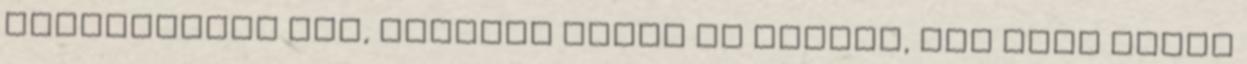
választanak meg, amelyet eddig is viselt, nem tesz újabb